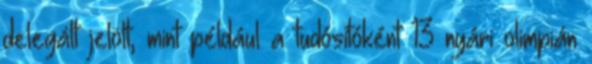
delegált jelölt, mint például a tudósítóként 13 nyári olimpián